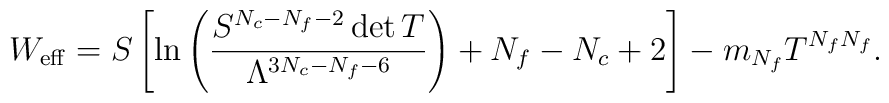
W_{\rm eff}=S \left[ \ln\left(\frac{S^{N_c-N_f-2}\det T}{	\Lambda^{3N_c-N_f-6}}\right)+N_f-N_c+2\right]-m_{N_f}T^{N_fN_f}.